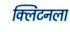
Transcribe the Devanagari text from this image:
क्लिंटनला